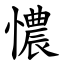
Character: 憹